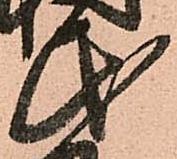
民